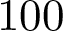
1 0 0